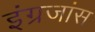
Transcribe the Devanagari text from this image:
इंग्रजांस